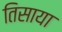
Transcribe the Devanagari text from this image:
तिसाया